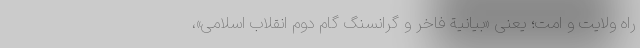
راه ولایت و امت؛ یعنی «بیانیة فاخر و گرانسنگ گام دوم انقلاب اسلامی»،